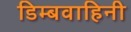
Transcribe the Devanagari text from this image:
डिम्बवाहिनी